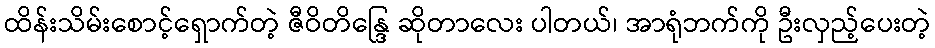
ထိန်းသိမ်းစောင့်ရှောက်တဲ့ ဇီဝိတိန္ဒြေ ဆိုတာလေး ပါတယ်၊ အာရုံဘက်ကို ဦးလှည့်ပေးတဲ့